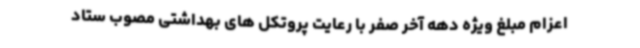
اعزام مبلغ ویژه دهه آخر صفر با رعایت پروتکل های بهداشتی مصوب ستاد